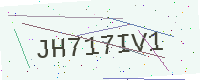
Text: JH717IV1